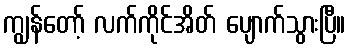
ကျွန်တော့် လက်ကိုင်အိတ် ပျောက်သွားပြီ။